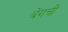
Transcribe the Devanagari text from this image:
बेंगची